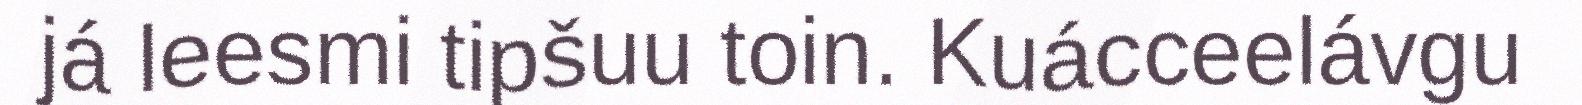
já leesmi tipšuu toin. Kuácceelávgu